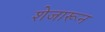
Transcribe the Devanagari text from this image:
शेजारून